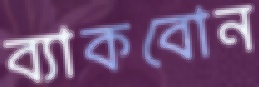
ব্যাকবোন